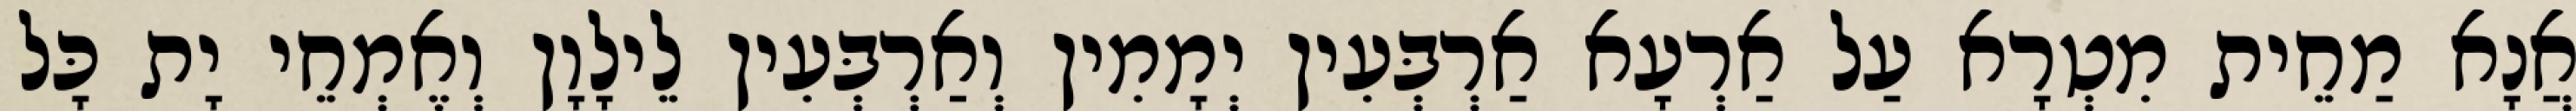
אֲנָא מַחֵית מִטְרָא עַל אַרְעָא אַרְבְּעִין יְמָמִין וְאַרְבְּעִין לֵילָוָן וְאֶמְחֵי יָת כָּל